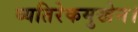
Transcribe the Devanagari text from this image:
व्यतिरेकमुखेन।